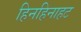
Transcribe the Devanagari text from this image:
हिनहिनाहट